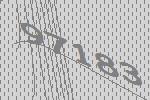
97183